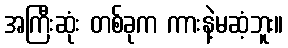
အကြီးဆုံး တစ်ခုက ကားနဲ့မဆံ့ဘူး။